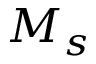
M _ { s }